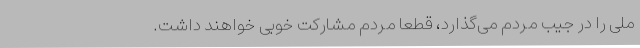
ملی را در جیب مردم می‌گذارد، قطعاً‌ مردم مشارکت خوبی خواهند داشت.